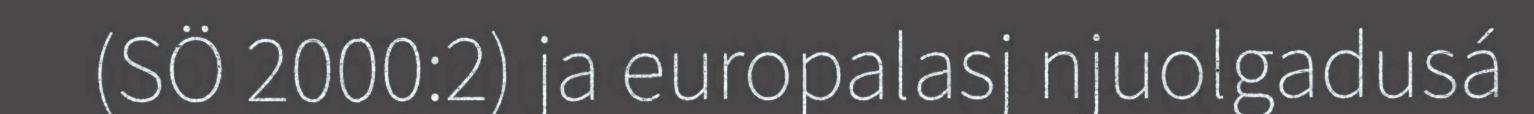
(SÖ 2000:2) ja europalasj njuolgadusá